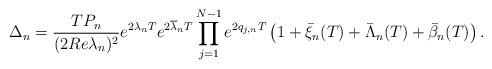
LaTeX: \begin{align*}\Delta_n=\frac{TP_n}{(2Re\lambda_n)^2}e^{2\lambda_nT}e^{2\overline{\lambda}_nT}\prod\limits_{j=1}^{N-1}e^{2q_{j,n}T}\left(1+\bar{\xi}_n(T)+\bar{\Lambda}_n(T)+\bar{\beta}_n(T)\right).\end{align*}